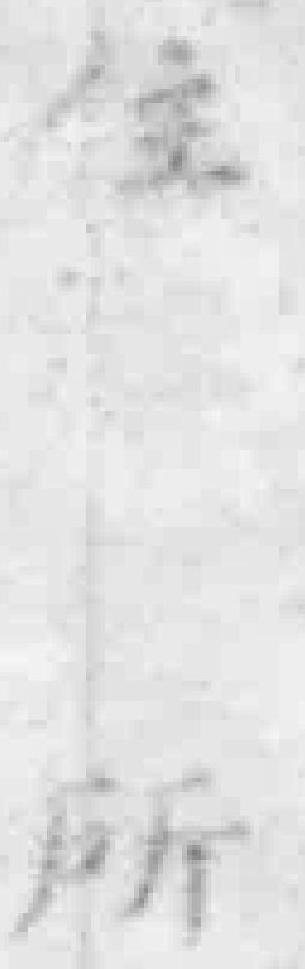
住所